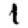
Digit: 1